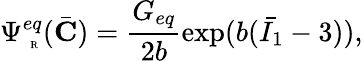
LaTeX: \Psi_{\mathrm{~\tiny~R~}}^{eq}(\bar{\mathbf{C}})=\frac{G_{eq}}{2b}\mathrm{exp}(b(\bar{I_{1}}-3)),